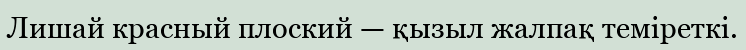
Лишай красный плоский — қызыл жалпақ теміреткі.